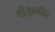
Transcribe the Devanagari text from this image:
थी।फकीर